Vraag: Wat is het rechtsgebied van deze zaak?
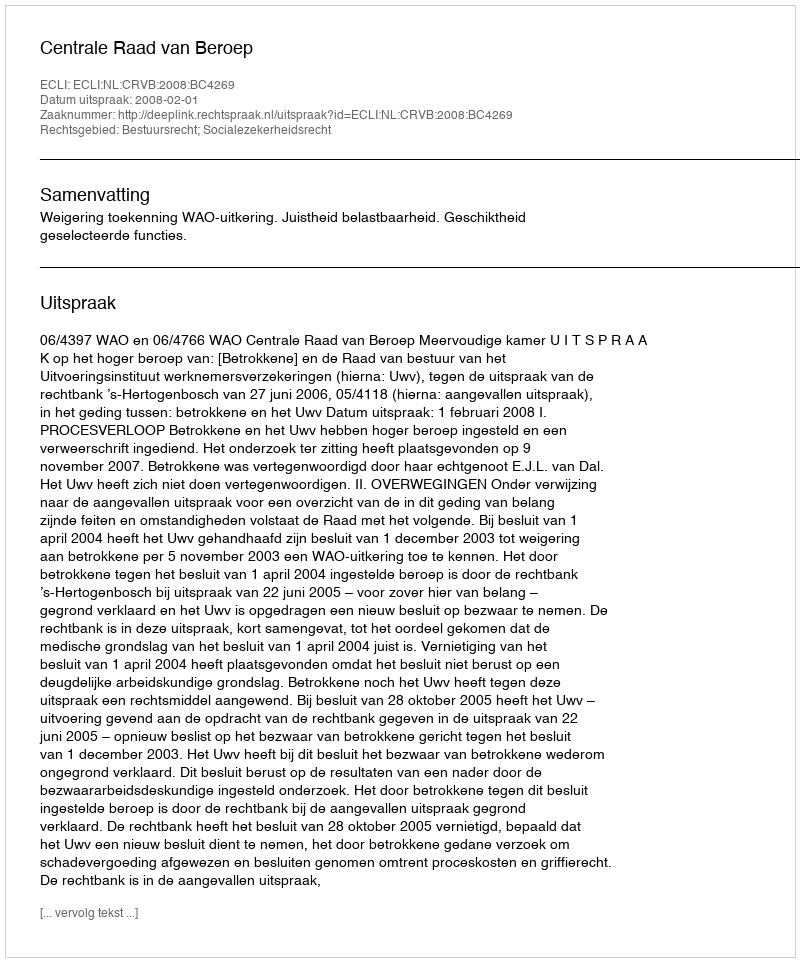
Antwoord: Bestuursrecht; Socialezekerheidsrecht